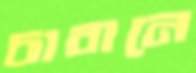
চাবানে